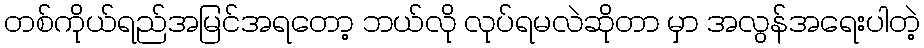
တစ်ကိုယ်ရည်အမြင်အရတော့ ဘယ်လို လုပ်ရမလဲဆိုတာ မှာ အလွန်အရေးပါတဲ့